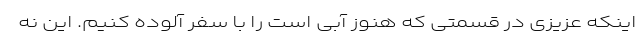
اینکه عزیزی در قسمتی که هنوز آبی است را با سفر آلوده کنیم. این نه